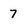
Character: 7